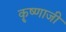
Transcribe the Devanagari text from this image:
कॄष्‍णाजी